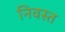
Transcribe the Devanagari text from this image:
निवस्त